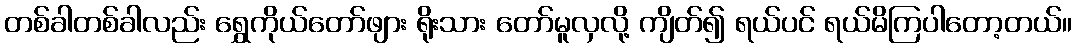
တစ်ခါတစ်ခါလည်း ရွှေကိုယ်တော်ဖျား ရိုးသား တော်မူလှလို့ ကျိတ်၍ ရယ်ပင် ရယ်မိကြပါတော့တယ်။